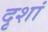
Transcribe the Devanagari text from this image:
दृशां